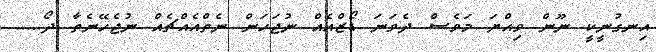
އިނގުނީކީ ނޫން ވިއްޔަ މަވެސް ދެވަނަ ޑޯޒްއެއް ނުޖަހަން ނެތްއެއްޗެއް ނުޖެހޭނެތާ ދޯ.....